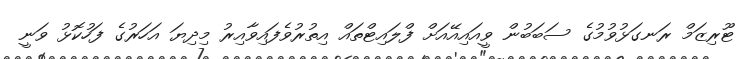
ޓޫރިޒަމް ރަނގަޅުވުމުގެ ސަބަބުން ވީއައިއޭއަށް ފްލައިޓްތައް އިތުރުވެފައިވާއިރު މިދިޔަ އަހަރުގެ ފަހުކޮޅު ވަނީ